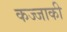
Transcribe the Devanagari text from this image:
कज्जाकी